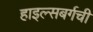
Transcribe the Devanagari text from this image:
हाइल्सबर्गची